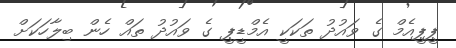
ޕީޕީއެމް ގެ ވައުދު ތަކަކީ އެމްޑީޕީ ގެ ވައުދު ތައް ހެން ބިލާހަކަށް